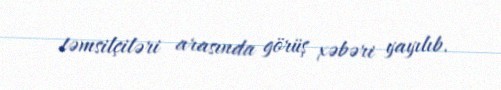
təmsilçiləri arasında görüş xəbəri yayılıb.